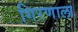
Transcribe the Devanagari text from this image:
गिरणाला